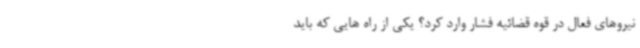
نیروهای فعال در قوه قضائیه فشار وارد کرد؟ یکی از راه هایی که باید